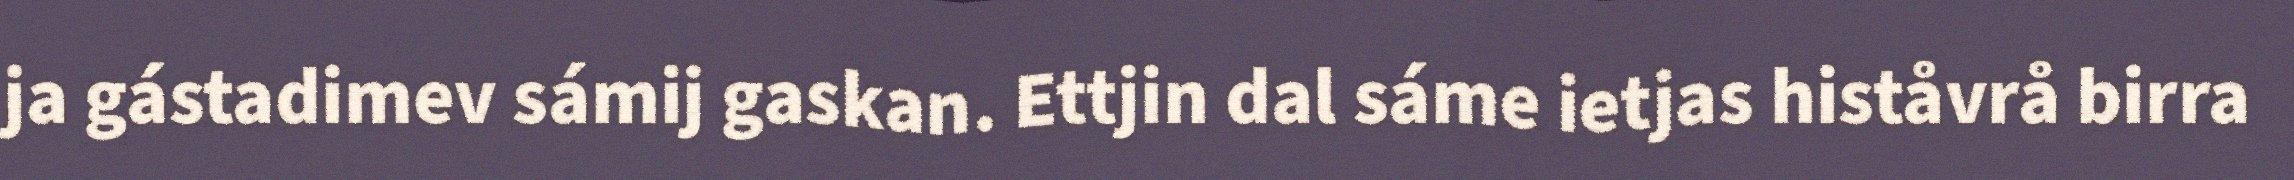
ja gástadimev sámij gaskan. Ettjin dal sáme ietjas histåvrå birra